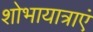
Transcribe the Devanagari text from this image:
शोभायात्राएं